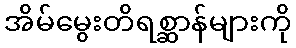
အိမ်မွေးတိရစ္ဆာန်များကို